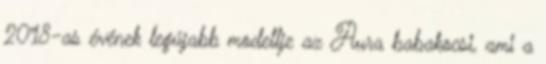
2018-as évének legújabb modellje az Aura babakocsi, ami a